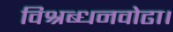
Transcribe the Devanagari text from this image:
विश्रब्धनवोढा।